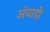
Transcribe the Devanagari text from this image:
अंबाड़ी़